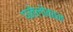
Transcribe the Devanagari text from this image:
पनेलोकान